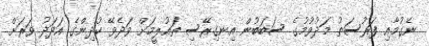
ނެގުމާއި ފަރުސަތު މަދުވުމުގެ ސަބަބުން އިނގިރޭސި ތައުލީމަށް ވަދެވޭ ކުދިންގެ އަދަދު ވަރަށް